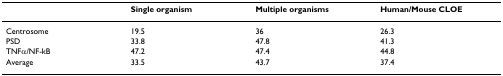
|  | Single organism | Multiple organisms | Human/Mouse CLOE |
 | --- | --- | --- | --- |
 | Centrosome | 19.5 | 36 | 26.3 |
 | PSD | 33.8 | 47.8 | 41.3 |
 | TNFα/NF-kB | 47.2 | 47.4 | 44.8 |
 | Average | 33.5 | 43.7 | 37.4 |